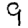
Digit: 9